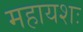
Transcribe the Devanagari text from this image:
महायशः